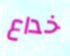
خداع